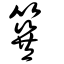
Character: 簨